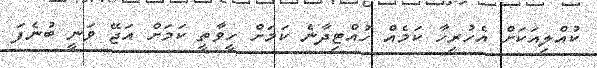
ކުއްލިއަކަށް އެހުރިހާ ކަމެއް ހުއްޓިދާނެ ކަމަށް ހީވާތީ ކަމަށް އަޖޭ ވަނީ ބުނެފަ